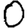
Digit: 0